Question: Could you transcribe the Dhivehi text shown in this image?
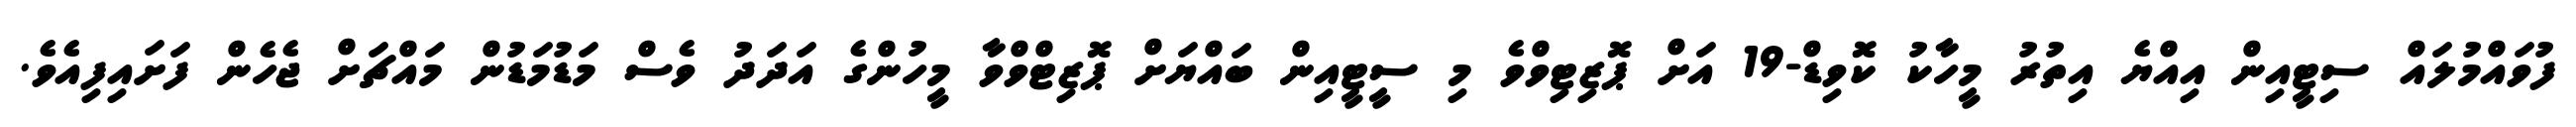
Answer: ފުވައްމުލައް ސިޓީއިން އިއްޔެ އިތުރު މީހާކު ކޮވިޑް-19 އަށް ޕޮޒިޓިވްވެ މި ސީޓީއިން ބައްޔަށް ޕޮޒިޓްވްވާ މީހުންގެ އަދަދު ވެސް މަޑުމަޑުން މައްޗަށް ޖެހެން ފަށައިފިއެވެ.